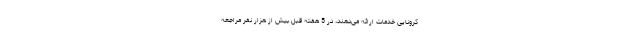
کرونایی خدمات ارائه می‌دهند، در 5 هفته قبل بیش از هزار نفر مراجعه